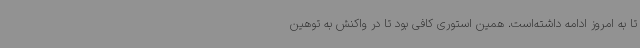
تا به امروز ادامه داشته‌است. همین استوری کافی بود تا در واکنش به توهین